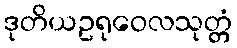
ဒုတိယဥရုဝေလသုတ္တံ